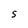
Character: S